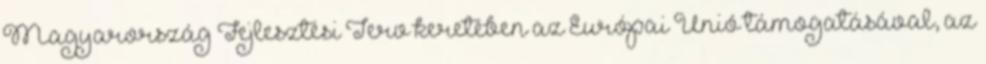
Magyarország Fejlesztési Terv keretében az Európai Unió támogatásával, az